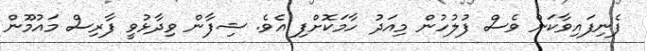
ފެނިފައިވާކަން ވެސް ފުލުހުން މިއަދު ހާމަކޮށްފި އެވެ. ޝިފާން ވިދާޅުވީ ފާރިސް މައުމޫން